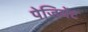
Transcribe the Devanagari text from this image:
पेजियेंट